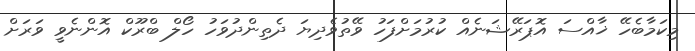
މިކަމާބެހޭ ޚާއްސަ އޮޕަރޭޝަނެއް ކުރުމަށްފަހު ވޭތުވެދިޔަ ދެތިންދުވަހު ހޯލް ބްރޫކް އޮންނެވީ ވަރަށް